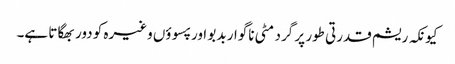
کیونکہ ریشم قدرتی طور پر گرد مٹی ناگوار بدبو اور پسوؤں وغیرہ کو دور بھگاتا ہے۔